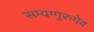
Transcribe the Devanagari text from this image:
सम्यग्गुरुमेव